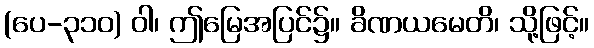
(ပေ-၃၁၀) ဝါ၊ ဤမြေအပြင်၌။ ခိဏယမေတိ၊ သို့ဖြင့်။